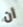
أن